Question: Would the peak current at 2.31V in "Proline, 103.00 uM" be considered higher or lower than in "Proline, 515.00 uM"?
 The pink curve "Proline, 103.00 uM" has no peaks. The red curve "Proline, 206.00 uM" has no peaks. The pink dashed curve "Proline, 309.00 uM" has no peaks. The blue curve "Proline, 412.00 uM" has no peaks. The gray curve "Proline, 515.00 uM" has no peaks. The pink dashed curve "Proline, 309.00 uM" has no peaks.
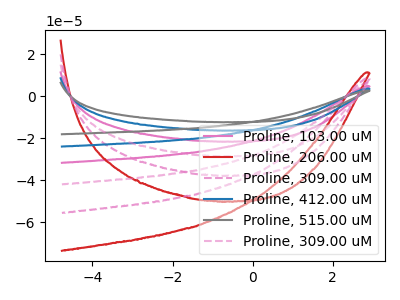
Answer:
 <answer>"Proline, 103.00 uM" and "Proline, 515.00 uM" dont share a peak at 2.31V.</answer>
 <eval>mismatch</eval>